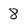
Character: 8